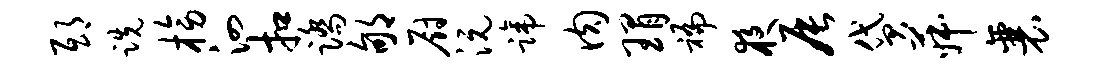
邸跣榜泗扣踏郇厨沅蹄肉瑁褊夜辰贷菽襄